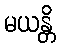
မယန္တိ